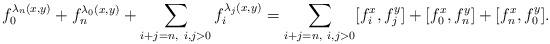
LaTeX: \begin{align*}f_0^{\lambda_n(x,y)}+f_n^{\lambda_0(x,y)}+\sum_{i+j=n,~i,j>0}f_i^{\lambda_j(x,y)}=\sum_{i+j=n,~i,j>0}[f_i^x,f_j^y]+[f_0^x,f_n^y]+[f_n^x,f_0^y].\end{align*}